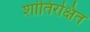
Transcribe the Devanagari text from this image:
शांतिरक्षित